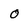
Character: o